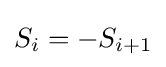
S_{i}=-S_{i+1}